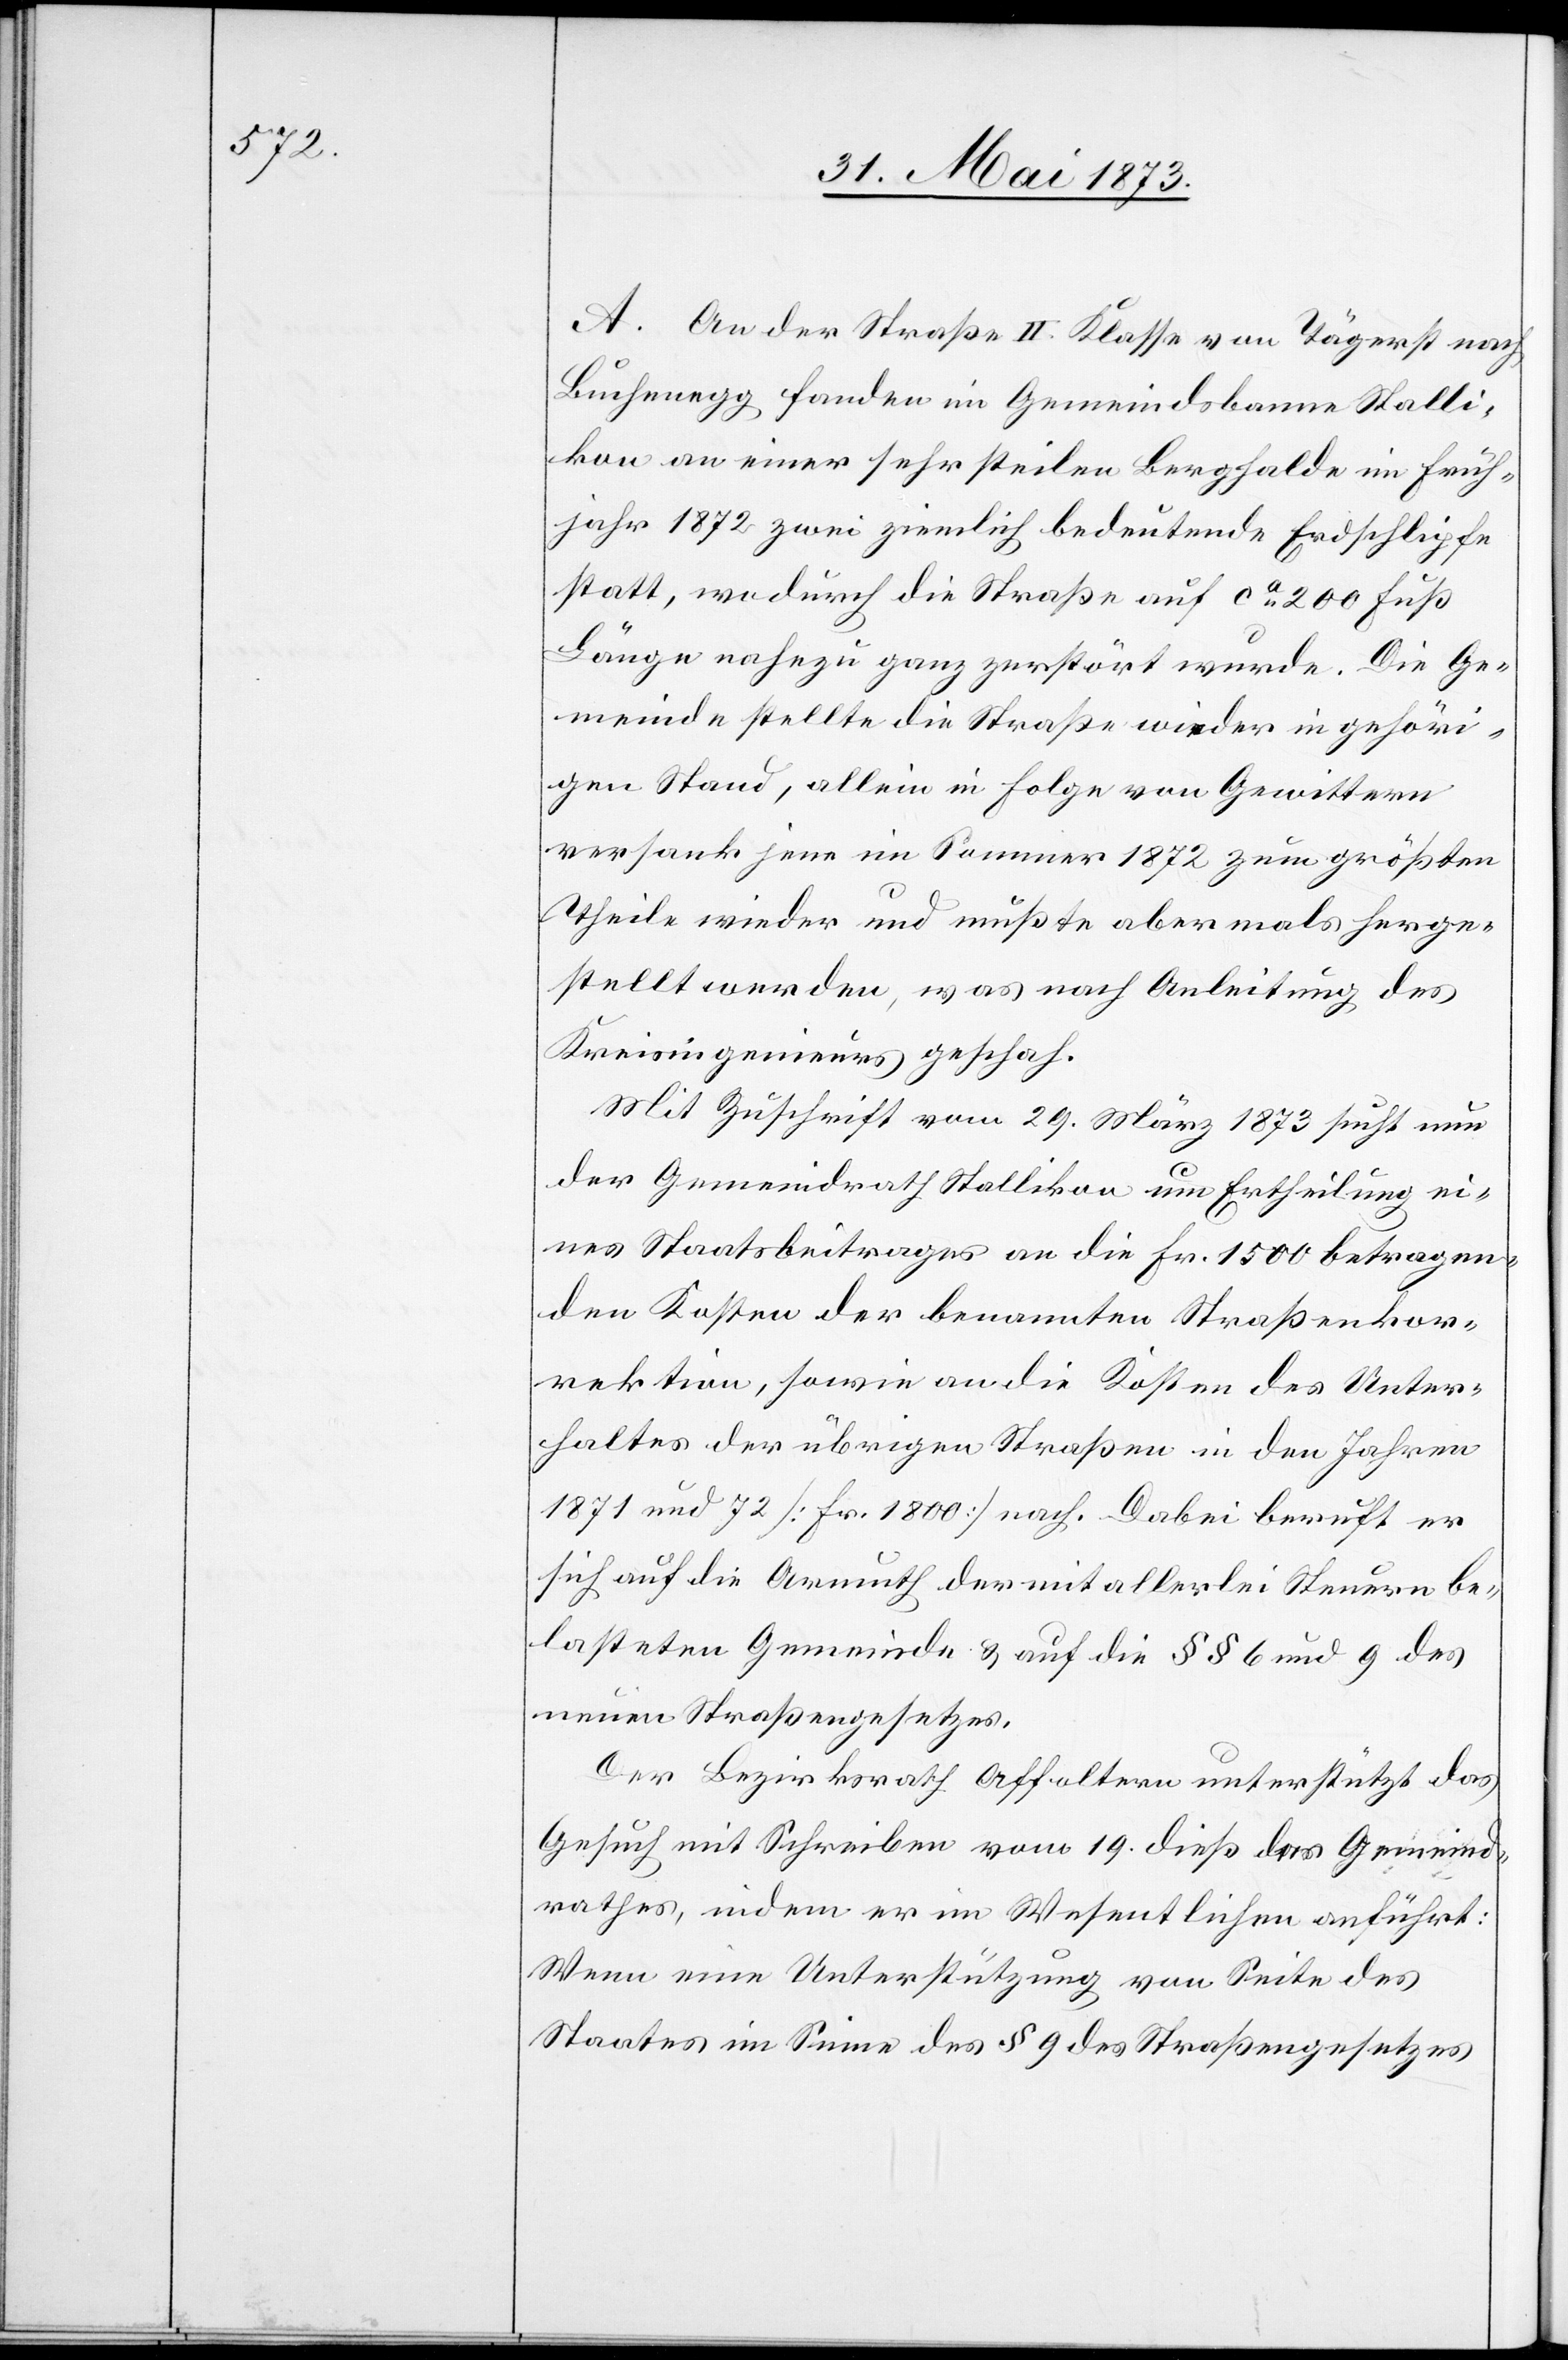
A. An der Straße II. Klasse von Tägerst nach
Buchenegg fanden im Gemeindsbanne Stalli¬
kon an einer sehr steilen Berghalde im Früh¬
jahr 1872 zwei ziemlich bedeutende Erdschlipfe
statt, wodurch die Straße auf ca 200 Fuß
Länge nahezu ganz zerstört wurde. Die Ge¬
meinde stellte die Straße wieder in gehöri¬
gen Stand, allein in Folge von Gewittern
versank jene im Sommer 1872 zum größten
Theile wieder und mußte abermals herge¬
stellt werden, was nach Anleitung des
Kreisingenieurs geschah.
Mit Zuschrift vom 29. März 1873 sucht nun
der Gemeindrath Stallikon um Ertheilung ei¬
nes Staatsbeitrages an die Fr. 1 500 betragen¬
den Kosten der benannten Straßenkor¬
rektion, sowie an die Kosten des Unter¬
haltes der übrigen Straßen in den Jahren
1871 und 72 [Fr. 1 800] nach. Dabei beruft er
sich auf die Armuth der mit allerlei Steuern be¬
lasteten Gemeinde & auf die § § 6 und 9 des
neuen Straßengesetzes.
Der Bezirksrath Affoltern unterstützt das
Gesuch mit Schreiben vom 19. dieß des Gemeind¬
rathes, indem er im Wesentlichen anführt:
Wenn eine Unterstützung von Seite des
Staates im Sinne des § 9 des Straßengesetzes